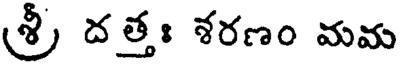
శ్రీ దత్తః శరణం మమ